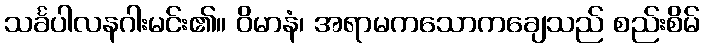
သင်္ခပါလနဂါးမင်း၏။ ဝိမာနံ၊ အရာမကသောကချေသည် စည်းစိမ်